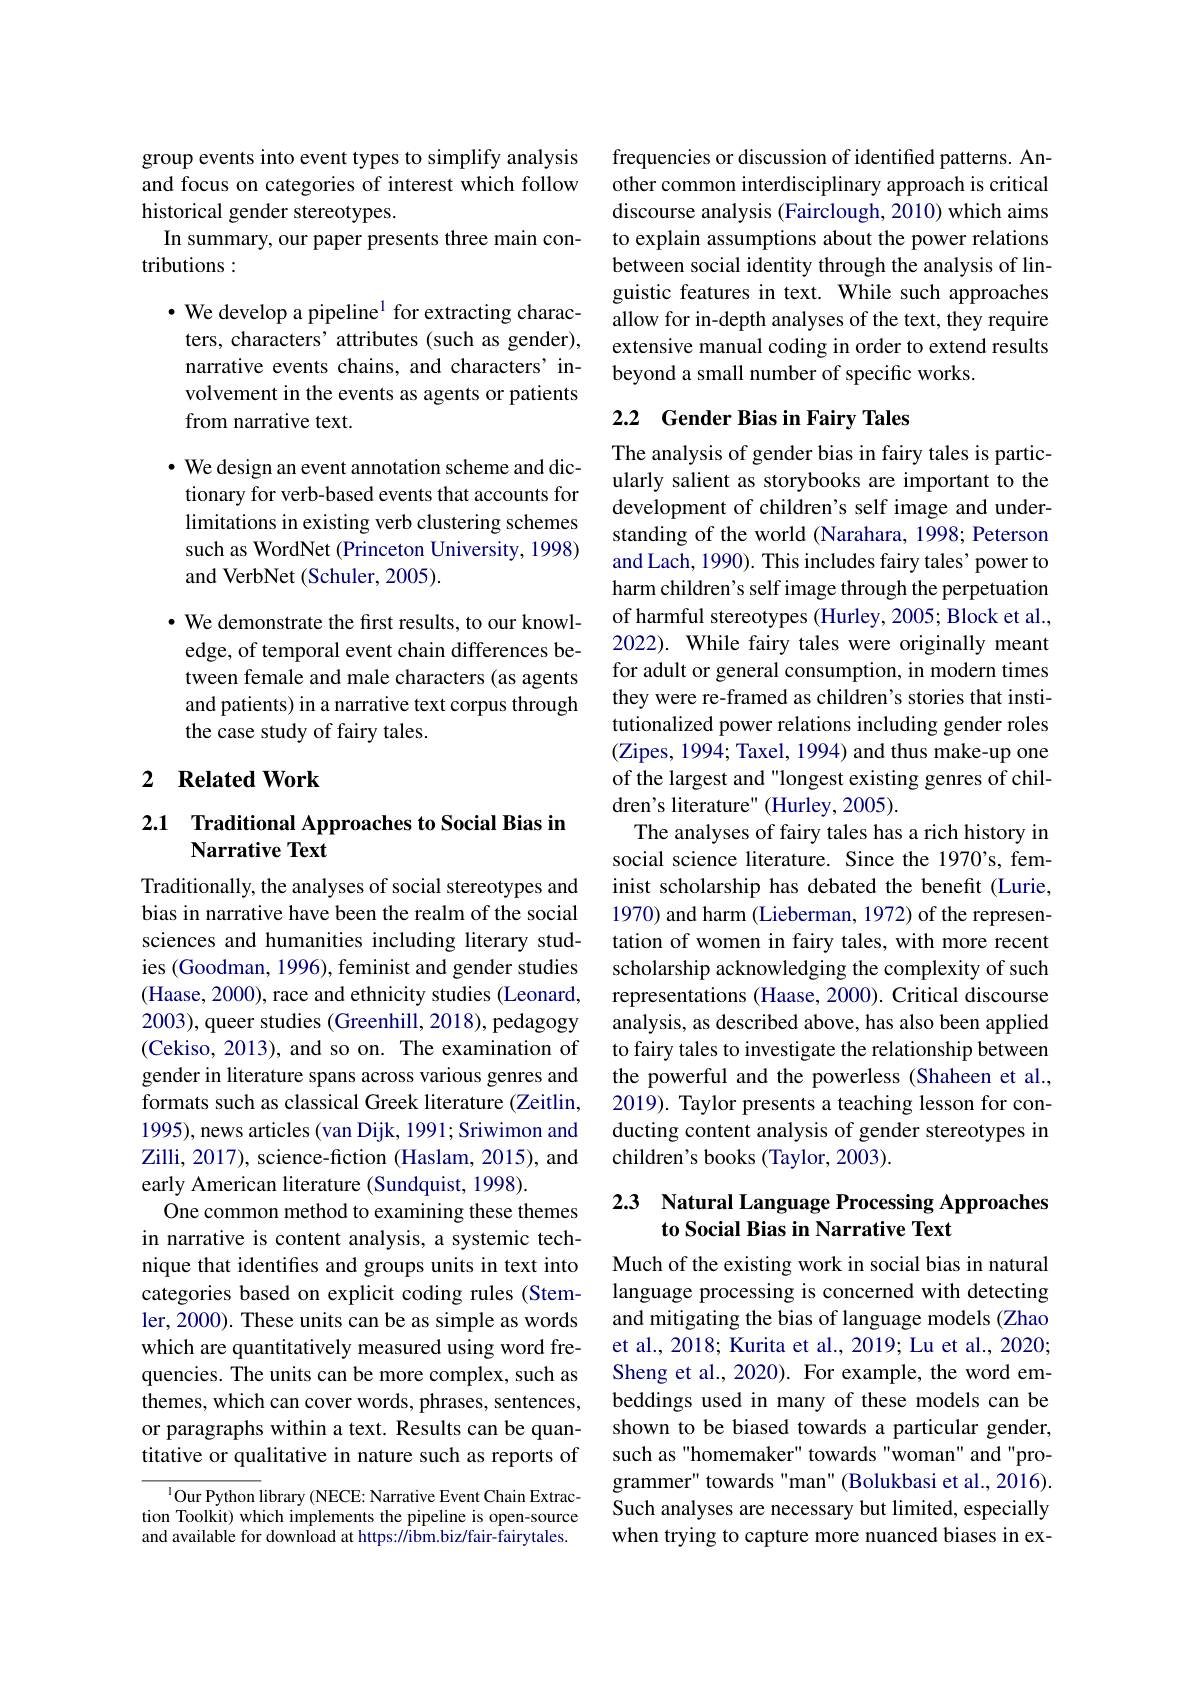
group events into event types to simplify analysis and focus on categories of interest which follow historical gender stereotypes.
In summary, our paper presents three main con-
tributions :

· We develop a pipeline$^{1}$ for extracting characters, characters' attributes (such as gender), narrative events chains, and characters' involvement in the events as agents or patients from narrative text.

$\cdot$ We design an event annotation scheme and dictionary for verb-based events that accounts for limitations in existing verb clustering schemes such as WordNet (Princeton University, 1998) and VerbNet (Schuler, 2005).

$\cdot$ We demonstrate the first results, to our knowledge, of temporal event chain differences between female and male characters (as agents and patients) in a narrative text corpus through the case study of fairy tales.

## 2 $\textbf{Related Work}$

## 2.1 Traditional Approaches to Social Bias in Narrative Text

Traditionally, the analyses of social stereotypes and bias in narrative have been the realm of the social sciences and humanities including literary studies (Goodman, 1996), feminist and gender studies (Haase, 2000), race and ethnicity studies (Leonard, 2003), queer studies (Greenhill, 2018), pedagogy (Cekiso, 2013), and so on. The examination of gender in literature spans across various genres and formats such as classical Greek literature (Zeitlin, 1995), news articles (van Dijk, 1991; Sriwimon and Zilli, 2017), science-fiction (Haslam, 2015), and early American literature (Sundquist, 1998).
One common method to examining these themes in narrative is content analysis, a systemic technique that identifies and groups units in text into categories based on explicit coding rules (Stemler, 2000). These units can be as simple as words which are quantitatively measured using word frequencies. The units can be more complex, such as themes, which can cover words, phrases, sentences, or paragraphs within a text. Results can be quantitative or qualitative in nature such as reports of

$^{1}$Our Python library (NECE: Narrative Event Chain Extraction Toolkit) which implements the pipeline is open-source and available for download at https://ibm.biz/fair-fairytales.

frequencies or discussion of identified patterns. Another common interdisciplinary approach is critical discourse analysis (Fairclough, 2010) which aims to explain assumptions about the power relations between social identity through the analysis of linguistic features in text. While such approaches allow for in-depth analyses of the text, they require extensive manual coding in order to extend results beyond a small number of specific works.

## 2.2 Gender Bias in Fairy Tales

The analysis of gender bias in fairy tales is particularly salient as storybooks are important to the development of children's self image and understanding of the world (Narahara, 1998; Peterson and Lach, 1990). This includes fairy tales' power to harm children's self image through the perpetuation of harmful stereotypes (Hurley, 2005; Block et al., 2022). While fairy tales were originally meant for adult or general consumption, in modern times they were re-framed as children's stories that institutionalized power relations including gender roles (Zipes, 1994; Taxel, 1994) and thus make-up one of the largest and "longest existing genres of children's literature" (Hurley, 2005).
The analyses of fairy tales has a rich history in social science literature. Since the 1970's, feminist scholarship has debated the benefit (Lurie, 1970) and harm (Lieberman, 1972) of the representation of women in fairy tales, with more recent scholarship acknowledging the complexity of such representations (Haase, 2000). Critical discourse analysis, as described above, has also been applied to fairy tales to investigate the relationship between the powerful and the powerless (Shaheen et al., 2019). Taylor presents a teaching lesson for conducting content analysis of gender stereotypes in children's books (Taylor, 2003).

# 2.3 Natural Language Processing Approaches to Social Bias in Narrative Text

Much of the existing work in social bias in natural language processing is concerned with detecting and mitigating the bias of language models (Zhao et al., 2018; Kurita et al., 2019; Lu et al., 2020; Sheng et al., 2020). For example, the word embeddings used in many of these models can be shown to be biased towards a particular gender, such as "homemaker" towards "woman" and "programmer" towards "man" (Bolukbasi et al., 2016). Such analyses are necessary but limited, especially when trying to capture more nuanced biases in ex-